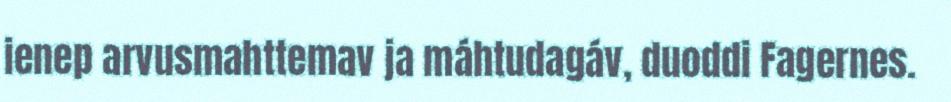
ienep arvusmahttemav ja máhtudagáv, duoddi Fagernes.